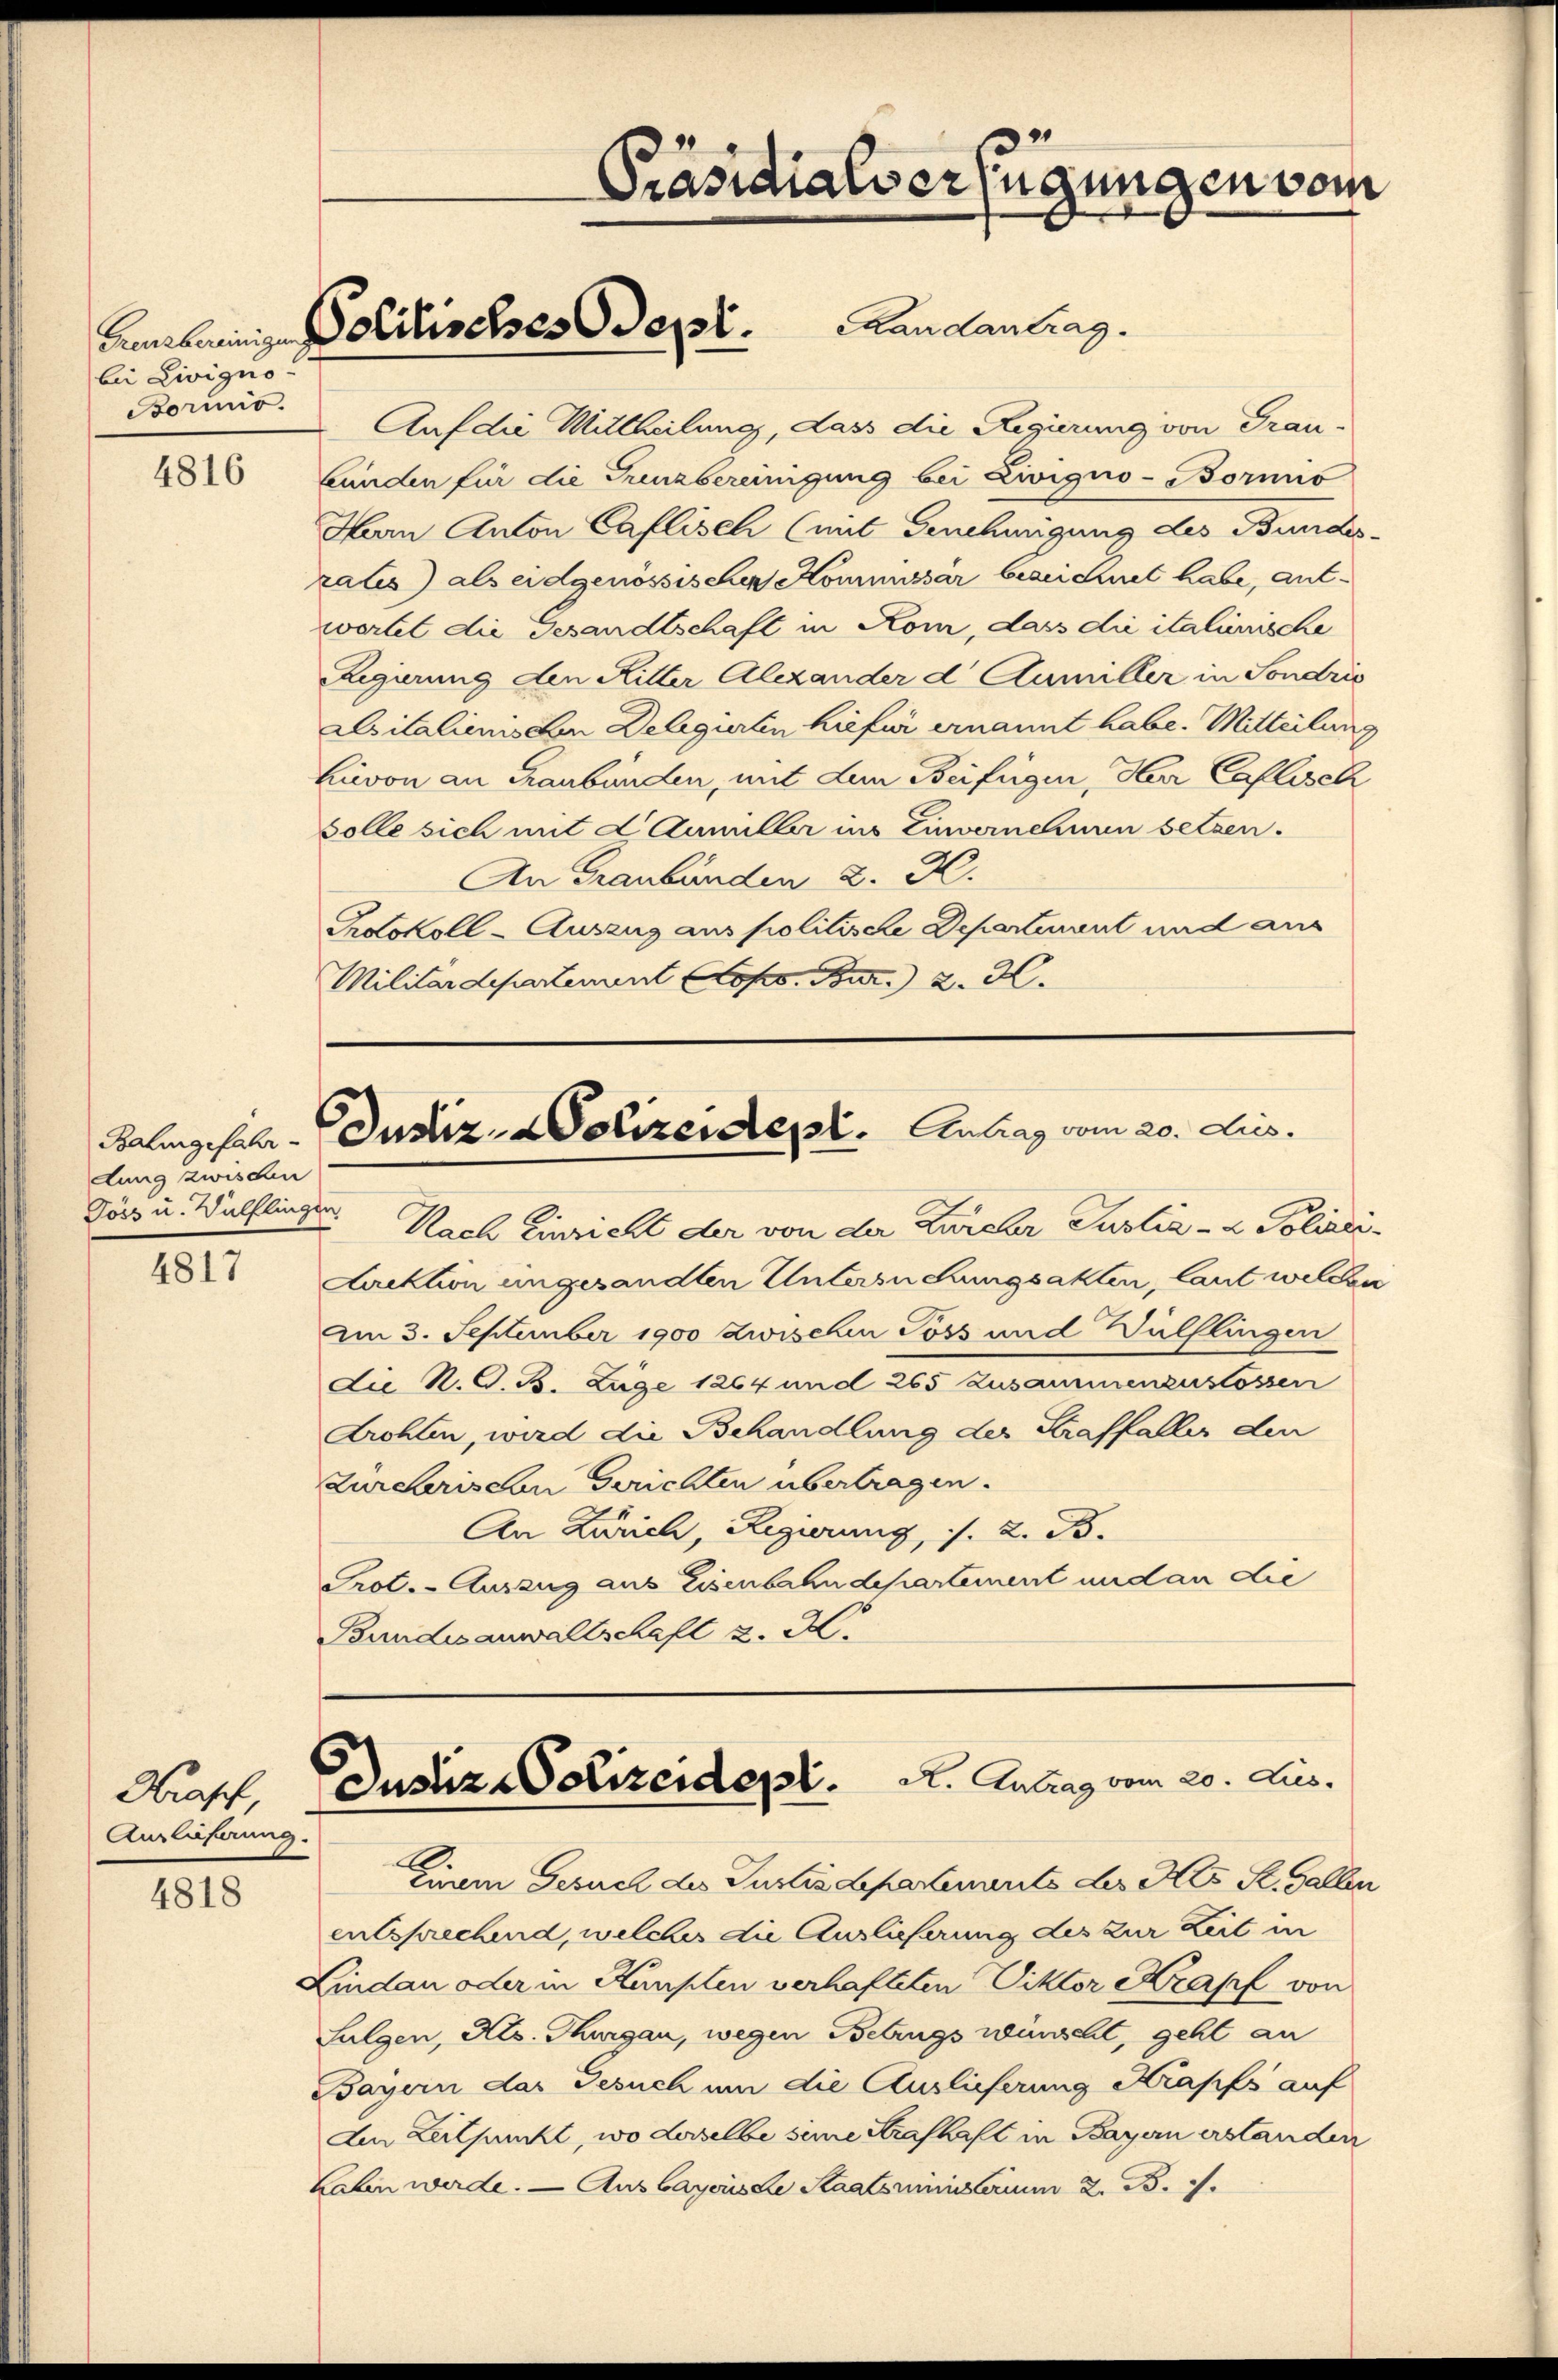
bei Livigno-
Borio.

4816

Bahingefahr-
dung zwischen
Töse u. Wülflingen.

4817

Hraff,
Anglicherung.

4818

Gerbeinige Politisches Sept. Landantrag.

Präsidialverfügungen vom

Justiz- Polizeident. Antrag vom 20. Aus

Nach Einricht der von der Zürcher Justiz- & Polizei¬
Auktion ungesandten Untersuchungsakten, laut welchen
Am 3. September 1900 zwischen Poss und Wülflingen
die N. G. B. Lage 1864 und 265 zusammenzustossen
drohten, wird die Behandlung der Straffaller den
Zürcherischen Gerichten übertragen.
An Zürich, Regierung, s. z. B.
Prot. Auszug aus Eisenbahndepartement und an die
Bundesanwaltschaft z. B.

Auf die Mittheilung, dass die Regierung von Grau-
bunden für die Trenzbereinigung bei Livigno- Bornis
Hern Anton Caflisch (mit Genehmigung des Bundes-
rates) als eidgenössischen Kommissar besuchnet habe, antwortet die Gesandtschaft in Kom, dass die italienische
Regierung den Ritter Alexander d Aumiller in Sondris
Asitalienischen Delegierten hiefür ernannt habe. Mitteilung
hievon an Graubünden, mit dem Beifügen, Herr Caflisch
solle sich mit L Aumüller ins Einvernehmen setzen.
An Graubünden 2. X.
Protokoll-Auszug aus politische Departenant und aus
Militärdepartement ops u. 2. 3.

Einem Gesuch des Justizdepartenants des Kts. St. Gallen
entsprechend, welches die Auslieferung des zur Zeit in
Lindau oder in Künsten verhafteten Viktor Krapf von
Fulgen, Kts. Thurgau, wegen Betrugs wünscht, geht an
Bayern das Gesuch um die Auslieferung Krapfs auf
An Zeitpunkt, wo derselbe seine Strafhaft in Bayern erstanden
Laben werde. — Ausbayerische Staatsinsterium z. B. 1.

Justiz-Polizeidept. A. Antrag vom 20. Jus